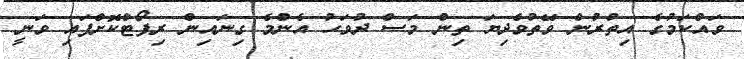
ވައްކަމުގެ އިތުރުން ވޭތުވެދިޔަ ތިން މަސް ދުވަހު އެންމެ ގިނައިން ރިޕޯޓްކޮށްފައި ވަނީ